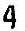
4